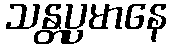
သန္တပ္ပမာနေ